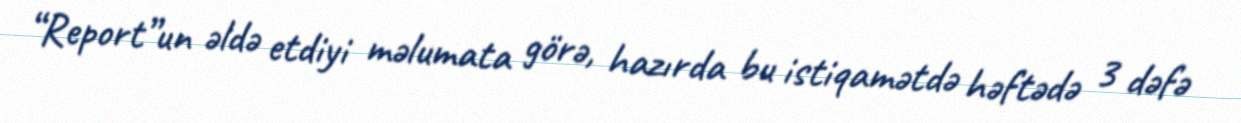
“Report”un əldə etdiyi məlumata görə, hazırda bu istiqamətdə həftədə 3 dəfə